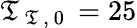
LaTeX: \mathfrak{T}_{\mathrm{{~\mathfrak{T}~,~0~}}}=25